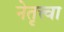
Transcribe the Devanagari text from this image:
नेतृत्त्वा